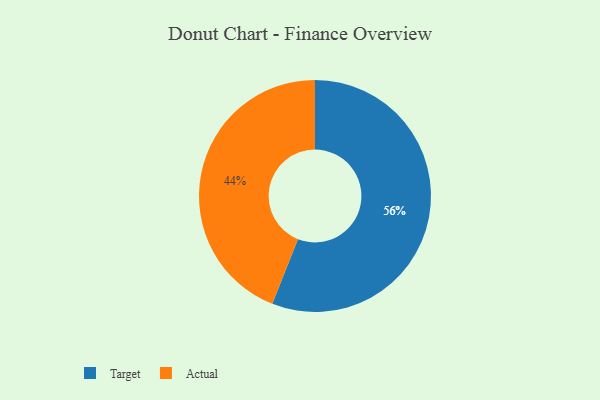
{"axis": {"x": "Category", "y": "Percentage"}, "legend": ["Actual", "Target"], "data": [{"x": "Target", "y": 56, "type": "Target"}, {"x": "Actual", "y": 44, "type": "Actual"}]}